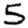
Digit: 5